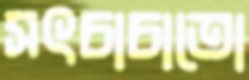
সৎচাচাতো